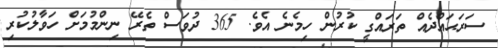
ސަރަޙައްދެއް ތަރައްގީ ކުރުން ހިމެނެ އެވެ. 365 ދުވަސް ތެރޭ ނިންމުމަށް ހަވާލުކުރި